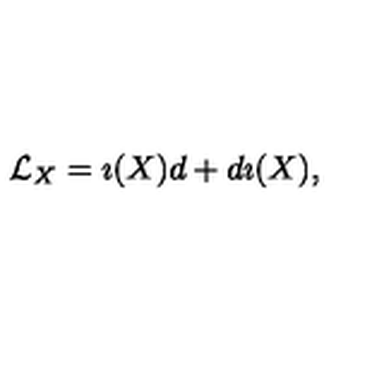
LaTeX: { \cal L } _ { X } = \imath ( X ) d + d \imath ( X ) ,